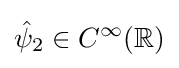
{\hat {\psi }}_{2}\in C^{\infty }(\mathbb {R} )